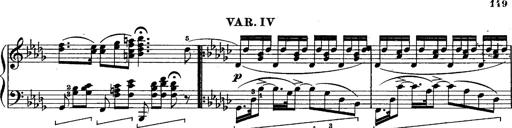
Title: Schubert's Impromptus [revised and edited by Franz Liszt]
Composer: Franz Liszt